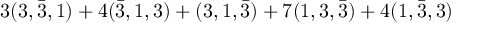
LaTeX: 3 ( 3 , \bar { 3 } , 1 ) + 4 ( \bar { 3 } , 1 , 3 ) + ( 3 , 1 , \bar { 3 } ) + 7 ( 1 , 3 , \bar { 3 } ) + 4 ( 1 , \bar { 3 } , 3 )